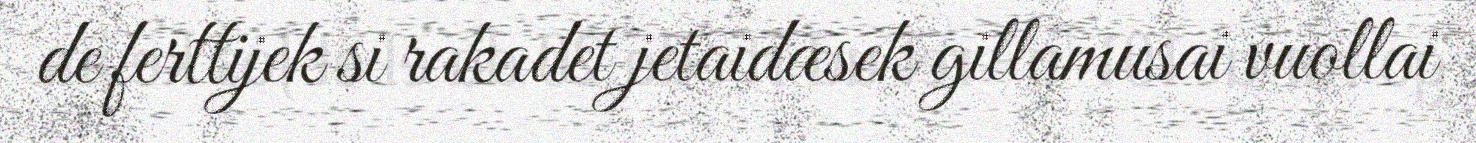
de ferttijek si rakadet jetaidæsek gillamusai vuollai